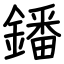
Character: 鐇